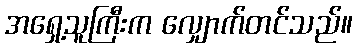
အရှေ့သူကြီးက လျှောက်တင်သည်။